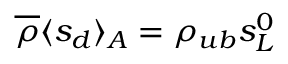
\overline { { \rho } } \langle s _ { d } \rangle _ { A } = \rho _ { u b } s _ { L } ^ { 0 }